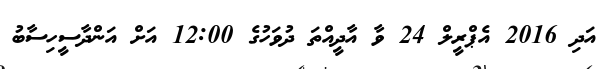
އަދި 2016 އެޕްރީލް 24 ވާ އާދީއްތަ ދުވަހުގެ 12:00 އަށް އަންދާސީހިސާބު